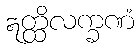
ဣတ္ထိလက္ခဏံ